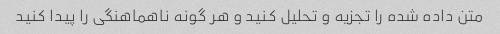
متن داده شده را تجزیه و تحلیل کنید و هر گونه ناهماهنگی را پیدا کنید